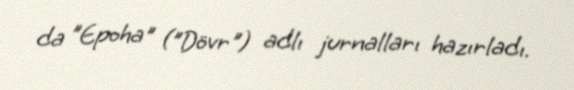
da "Epoha" ("Dövr") adlı jurnalları hazırladı.